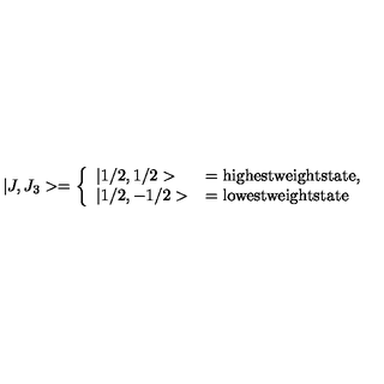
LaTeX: | J , J _ { 3 } > = \left\{ \begin{array} { l l } { | 1 / 2 , 1 / 2 > } & { = { \mathrm { h i g h e s t w e i g h t s t a t e } } , } \\ { | 1 / 2 , - 1 / 2 > } & { = { \mathrm { l o w e s t w e i g h t s t a t e } } } \\ \end{array} \right.